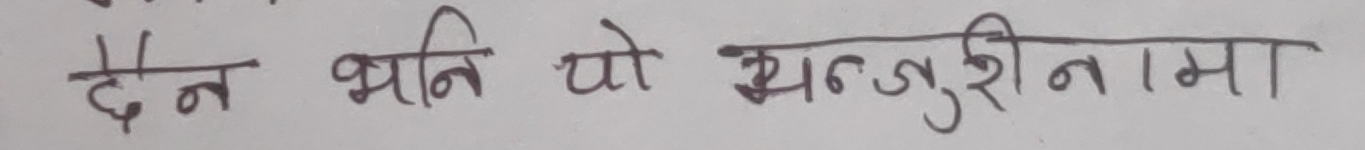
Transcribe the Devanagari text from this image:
दैन भनि यो मन्जुरीनामा